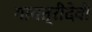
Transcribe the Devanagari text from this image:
गायत्रीदेवी